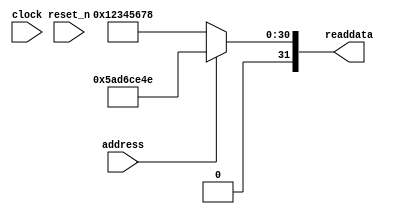
module soc_system_sysid_qsys_0 (
               // inputs:
                address,
                clock,
                reset_n,

               // outputs:
                readdata
             )
;

  output  [ 31: 0] readdata;
  input            address;
  input            clock;
  input            reset_n;

  wire    [ 31: 0] readdata;
  //control_slave, which is an e_avalon_slave
  assign readdata = address ? 1524026958 : 305419896;

endmodule